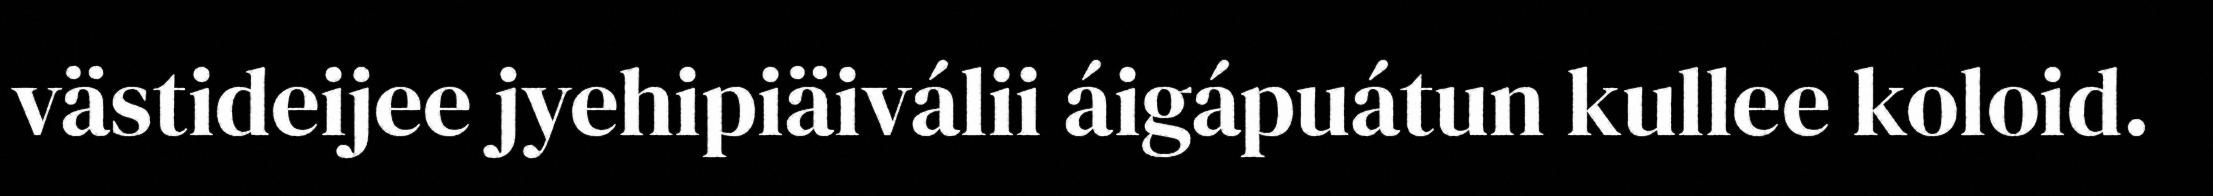
västideijee jyehipiäiválii áigápuátun kullee koloid.